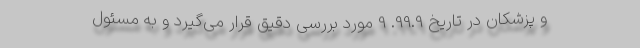
و پزشکان در تاریخ 99.9. 9 مورد بررسی دقیق قرار می‌گیرد و به مسئول